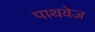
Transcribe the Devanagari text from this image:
पाथवेज़